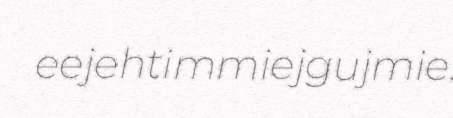
eejehtimmiejgujmie.